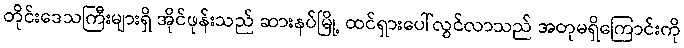
တိုင်းဒေသကြီးများရှိ အိုင်ဖုန်းသည် ဆားနပ်မြို့ ထင်ရှားပေါ်လွင်လာသည် အတုမရှိကြောင်းကို